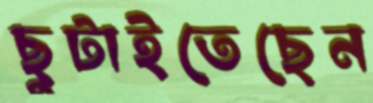
ছুটাইতেছেন